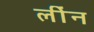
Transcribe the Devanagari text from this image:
लींन